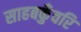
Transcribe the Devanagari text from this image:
साहबकुँवरि